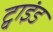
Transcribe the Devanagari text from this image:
ट्वाइंड